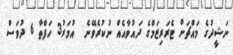
ނަޝީދުގެ މައްޗަށް ޓެރަރިޒަމްގެ ދައުވާއެއް ނުކުރެވޭނެ  އުމަރު3 ހަފްތާ 6 ދުވަސް